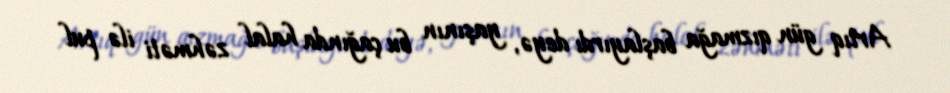
Artıq gün qızmağa başlayırdı deyə, yaşının bu çağında halal zəhməti ilə pul